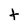
Character: t